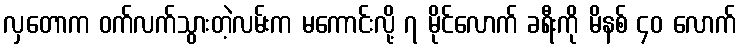
လှတောက ဝက်လက်သွားတဲ့လမ်းက မကောင်းလို့ ၇ မိုင်လောက် ခရီးကို မိနစ် ၄၀ လောက်